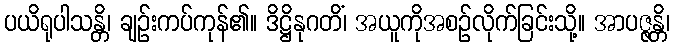
ပယိရုပါသန္တိ၊ ချဉ်းကပ်ကုန်၏။ ဒိဋ္ဌိနုဂတိံ၊ အယူကိုအစဉ်လိုက်ခြင်းသို့။ အာပဇ္ဇန္တိ၊